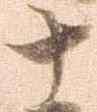
十